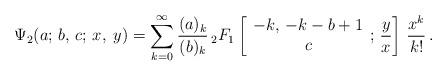
LaTeX: \begin{align*}\Psi_2(a;\,b,\,c;\,x,\;y) = \sum_{k=0}^\infty\frac{(a)_k}{(b)_k}\, {}_2F_1\left[ \begin{array}{c} -k,\,-k-b+1 \\ c \end{array} ;\,\frac{y}{x} \right]\,\frac{x^k}{k!}\,.\end{align*}